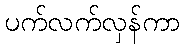
ပက်လက်လှန်ကာ